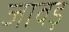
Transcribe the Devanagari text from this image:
जावड़